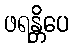
ဖရန္တိပေ